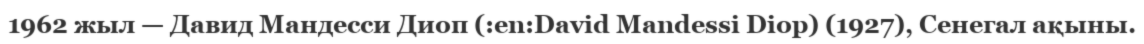
1962 жыл — Давид Мандесси Диоп (:en:David Mandessi Diop) (1927), Сенегал ақыны.